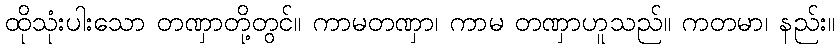
ထိုသုံးပါးသော တဏှာတို့တွင်။ ကာမတဏှာ၊ ကာမ တဏှာဟူသည်။ ကတမာ၊ နည်း။